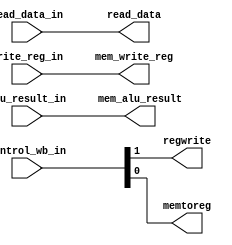
/* mem_wb.v */
module mem_wb(
	input		wire	[1:0]		control_wb_in,
	input		wire	[31:0]	read_data_in, alu_result_in,
	input		wire	[4:0]		write_reg_in,
	output	reg				regwrite, memtoreg,
	output	reg	[31:0]	read_data, mem_alu_result,
	output	reg	[4:0]		mem_write_reg
    );

initial begin
	// Initialize outputs to 0
	regwrite <= 0;
	memtoreg <= 0;
	read_data <= 0;
	mem_alu_result <= 0;
	mem_write_reg <= 0;
	
end

always@* begin
	// Inputs wired to corresponding outputs
	#1;
	regwrite <= control_wb_in[1];
	memtoreg <= control_wb_in[0];
	read_data <= read_data_in;
	mem_alu_result <= alu_result_in;
	mem_write_reg <= write_reg_in;
end
endmodule // mem_wb